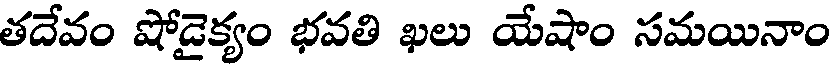
తదేవం షోడైక్యం భవతి ఖలు యేషాం సమయినాం